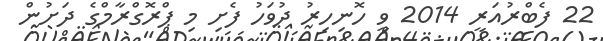
22 ފެބްރުއަރީ 2014 ވީ ހޮނިހިރު ދުވަހު ފެށި މި ޕްރޮގްރާމްގެ ދަށުން